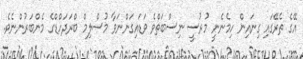
އޭގެ ތެރޭގައި ގިނައިން ހިމެނެނީ މުރުސީ ނިސްބަތްވެ ވަޑައިގަންނަވާ މުސްލިމް ބްރަދަހްޑްގެ މެންބަރުންނެވެ.